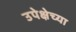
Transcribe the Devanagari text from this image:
उपेक्षेच्या